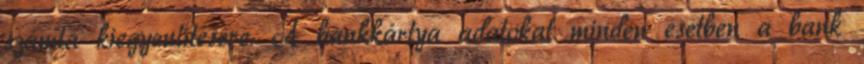
számla kiegyenlítésére. A bankkártya adatokat minden esetben a bank